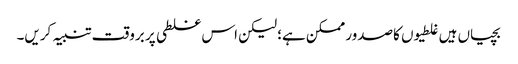
بچیاں ہیں غلطیوں کاصدور ممکن ہے؛ لیکن اس غلطی پر بروقت تنبیہ کریں۔